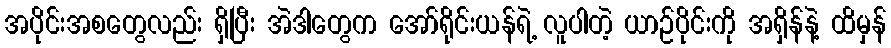
အပိုင်းအစတွေလည်း ရှိပြီး အဲဒါတွေက အော်ရိုင်းယန်ရဲ့ လူပါတဲ့ ယာဉ်ပိုင်းကို အရှိန်နဲ့ ထိမှန်